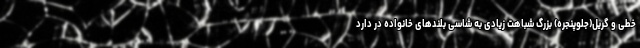
خطی و گریل(جلوپنجره) بزرگ شباهت زیادی به شاسی بلندهای خانواده در دارد